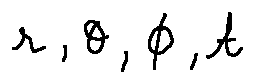
r , \theta , \phi , t